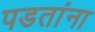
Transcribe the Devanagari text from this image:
पडतांना